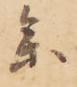
参